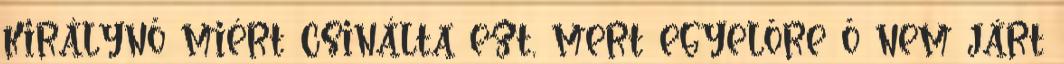
királynő miért csinálta ezt, mert egyelőre ő nem járt